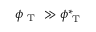
\phi _ { \mathrm { ~ T ~ } } \gg \phi _ { \mathrm { ~ T ~ } } ^ { * }